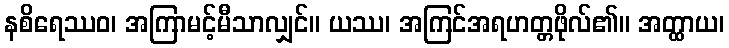
နစိရေဿဝ၊ အကြာမင့်မီသာလျှင်။ ယဿ၊ အကြင်အရဟတ္တဖိုလ်၏။ အတ္ထာယ၊